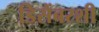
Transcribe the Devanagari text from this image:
डिसेंबरशी